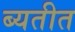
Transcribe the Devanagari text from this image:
ब्यतीत